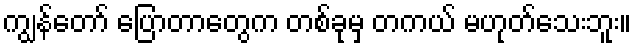
ကျွန်တော် ပြောတာတွေက တစ်ခုမှ တကယ် မဟုတ်သေးဘူး။